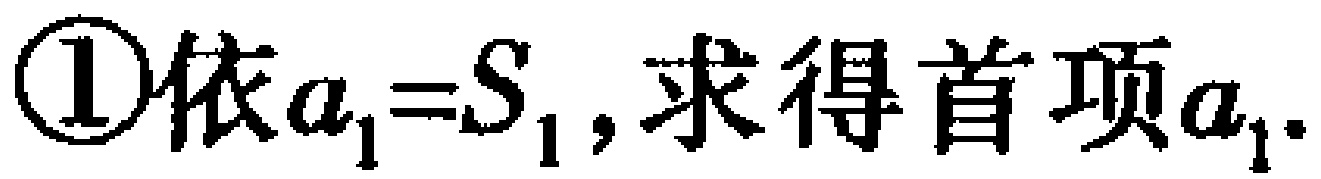
\textcircled{1}依$a_{1}=S_{1}$, 求得首项$a_{1}$.